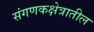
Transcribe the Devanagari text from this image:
संगणकक्षेत्रातील